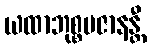
ယထာဘုစ္စမဇာနန္တီ